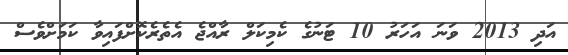
އަދި 2013 ވަނަ އަހަރު 10 ޓަނުގެ ކެމިކަލް ރާއްޖެ އެތެރެކޮށްފައިވާ ކަމަށްވެސް